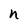
Character: h